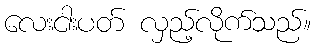
လေးငါးပတ် လှည့်လိုက်သည်။